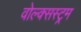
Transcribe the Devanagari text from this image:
वोल्क्सस्ट्रम